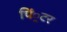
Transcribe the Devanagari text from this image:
पिं्रटर